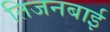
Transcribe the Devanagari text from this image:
तिजनबाई